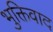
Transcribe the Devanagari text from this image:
भुक्तिवाद